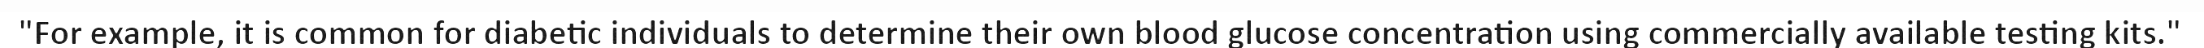
"For example, it is common for diabetic individuals to determine their own blood glucose concentration using commercially available testing kits."